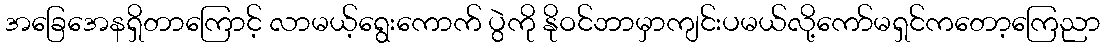
အခြေအေနရှိတာကြောင့် လာမယ့်ရွေးကောက် ပွဲကို နိုဝင်ဘာမှာကျင်းပမယ်လို့ကော်မရှင်ကတော့ကြေညာ